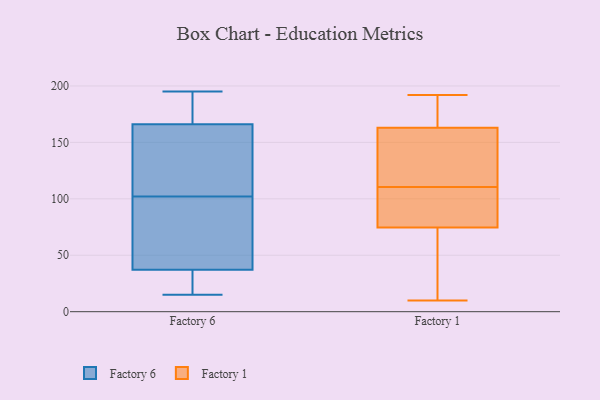
{"axis": {"x": "Shipments", "y": "Value"}, "legend": ["Factory 1", "Factory 6"], "data": [{"x": "", "y": 17, "type": "Factory 6"}, {"x": "", "y": 195, "type": "Factory 6"}, {"x": "", "y": 138, "type": "Factory 6"}, {"x": "", "y": 40, "type": "Factory 6"}, {"x": "", "y": 183, "type": "Factory 6"}, {"x": "", "y": 193, "type": "Factory 6"}, {"x": "", "y": 40, "type": "Factory 6"}, {"x": "", "y": 81, "type": "Factory 6"}, {"x": "", "y": 94, "type": "Factory 6"}, {"x": "", "y": 117, "type": "Factory 6"}, {"x": "", "y": 29, "type": "Factory 6"}, {"x": "", "y": 28, "type": "Factory 6"}, {"x": "", "y": 159, "type": "Factory 6"}, {"x": "", "y": 181, "type": "Factory 6"}, {"x": "", "y": 15, "type": "Factory 6"}, {"x": "", "y": 102, "type": "Factory 6"}, {"x": "", "y": 161, "type": "Factory 6"}, {"x": "", "y": 120, "type": "Factory 1"}, {"x": "", "y": 185, "type": "Factory 1"}, {"x": "", "y": 192, "type": "Factory 1"}, {"x": "", "y": 115, "type": "Factory 1"}, {"x": "", "y": 75, "type": "Factory 1"}, {"x": "", "y": 191, "type": "Factory 1"}, {"x": "", "y": 30, "type": "Factory 1"}, {"x": "", "y": 92, "type": "Factory 1"}, {"x": "", "y": 177, "type": "Factory 1"}, {"x": "", "y": 149, "type": "Factory 1"}, {"x": "", "y": 74, "type": "Factory 1"}, {"x": "", "y": 103, "type": "Factory 1"}, {"x": "", "y": 136, "type": "Factory 1"}, {"x": "", "y": 106, "type": "Factory 1"}, {"x": "", "y": 131, "type": "Factory 1"}, {"x": "", "y": 55, "type": "Factory 1"}, {"x": "", "y": 10, "type": "Factory 1"}, {"x": "", "y": 46, "type": "Factory 1"}, {"x": "", "y": 186, "type": "Factory 1"}, {"x": "", "y": 95, "type": "Factory 1"}]}